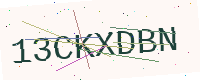
Text: 13CKXDBN